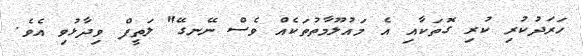
ހަރަދުކުރި ކުރި ގޮތަކާއި އެ މައުލޫމާތުތަކެއް ވެސް ނޭނގޭ" ލަތީފް ވިދާޅުވި އެވެ.